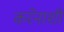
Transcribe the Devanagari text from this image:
करेनाशी